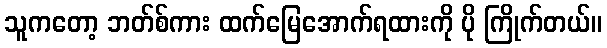
သူကတော့ ဘတ်စ်ကား ထက်မြေအောက်ရထားကို ပို ကြိုက်တယ်။